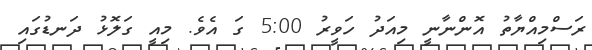
ރަސްމިއްޔާތު އޮންނާނީ މިއަދު ހަވީރު 5:00 ގަ އެވެ. މިއީ ގަލޮޅު ދަނޑުގައި